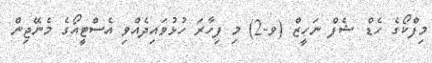
މިފްކޯގެ ހެޑް ޝެފް ނަހީޒް (ވ-2) މި ފިހާރަ ހުޅުވައިދެއްވި އެސްޓީއޯގެ މެނޭޖިން